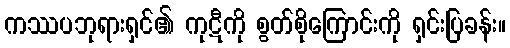
ကဿပဘုရားရှင်၏ ကုဋီကို စွတ်စိုကြောင်းကို ရှင်းပြခန်း။